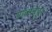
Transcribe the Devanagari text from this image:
शाल्वपुर